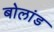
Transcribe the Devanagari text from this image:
बोलांड